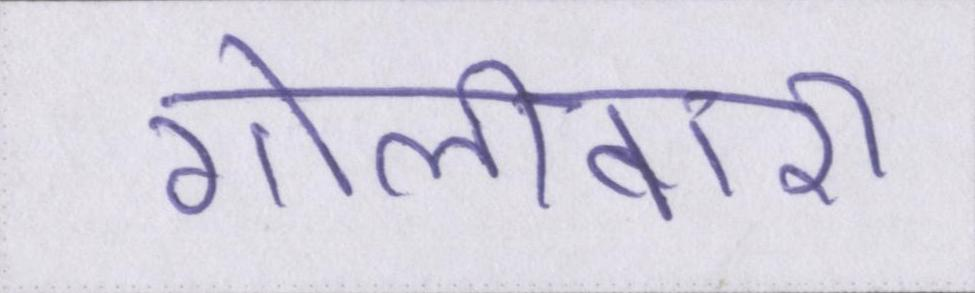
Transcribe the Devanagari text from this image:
गोलीबारी